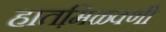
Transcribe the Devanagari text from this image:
हातमि़ळ्वणी